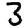
Digit: 3